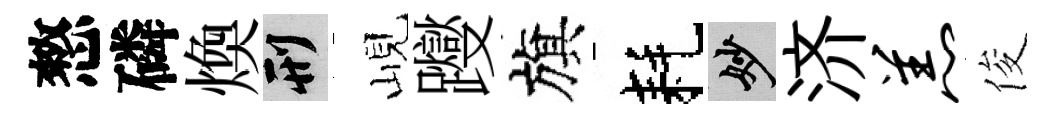
憗磷煥刑峴躞旗耗妙济羔俊